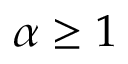
\alpha \geq 1